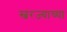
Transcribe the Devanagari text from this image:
स्वरज्याच्या